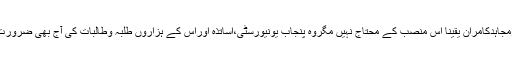
ڈاکٹرمجاہدکامران یقینا اس منصب کے محتاج نہیں مگروہ پنجاب یونیورسٹی،اساتذہ اوراس کے ہزاروں طلبہ وطالبات کی آج بھی ضرورت ہیں۔